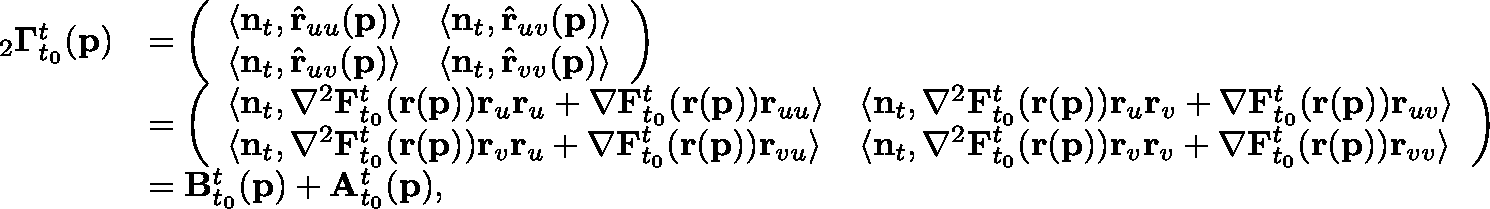
\begin{array} { r l } { _ { 2 } \mathbf { \Gamma } _ { t _ { 0 } } ^ { t } ( \mathbf { p } ) } & { = \left( \begin{array} { l l } { \langle \mathbf { n } _ { t } , \hat { \mathbf { r } } _ { u u } ( \mathbf { p } ) \rangle } & { \langle \mathbf { n } _ { t } , \hat { \mathbf { r } } _ { u v } ( \mathbf { p } ) \rangle } \\ { \langle \mathbf { n } _ { t } , \hat { \mathbf { r } } _ { u v } ( \mathbf { p } ) \rangle } & { \langle \mathbf { n } _ { t } , \hat { \mathbf { r } } _ { v v } ( \mathbf { p } ) \rangle } \end{array} \right) } \\ & { = \left( \begin{array} { l l } { \langle \mathbf { n } _ { t } , \mathbf { \nabla } ^ { 2 } \mathbf { F } _ { t _ { 0 } } ^ { t } ( \mathbf { r } ( \mathbf { p } ) ) \mathbf { r } _ { u } \mathbf { r } _ { u } + \mathbf { \nabla } \mathbf { F } _ { t _ { 0 } } ^ { t } ( \mathbf { r } ( \mathbf { p } ) ) \mathbf { r } _ { u u } \rangle } & { \langle \mathbf { n } _ { t } , \mathbf { \nabla } ^ { 2 } \mathbf { F } _ { t _ { 0 } } ^ { t } ( \mathbf { r } ( \mathbf { p } ) ) \mathbf { r } _ { u } \mathbf { r } _ { v } + \mathbf { \nabla } \mathbf { F } _ { t _ { 0 } } ^ { t } ( \mathbf { r } ( \mathbf { p } ) ) \mathbf { r } _ { u v } \rangle } \\ { \langle \mathbf { n } _ { t } , \mathbf { \nabla } ^ { 2 } \mathbf { F } _ { t _ { 0 } } ^ { t } ( \mathbf { r } ( \mathbf { p } ) ) \mathbf { r } _ { v } \mathbf { r } _ { u } + \mathbf { \nabla } \mathbf { F } _ { t _ { 0 } } ^ { t } ( \mathbf { r } ( \mathbf { p } ) ) \mathbf { r } _ { v u } \rangle } & { \langle \mathbf { n } _ { t } , \mathbf { \nabla } ^ { 2 } \mathbf { F } _ { t _ { 0 } } ^ { t } ( \mathbf { r } ( \mathbf { p } ) ) \mathbf { r } _ { v } \mathbf { r } _ { v } + \mathbf { \nabla } \mathbf { F } _ { t _ { 0 } } ^ { t } ( \mathbf { r } ( \mathbf { p } ) ) \mathbf { r } _ { v v } \rangle } \end{array} \right) } \\ & { = \mathbf { B } _ { t _ { 0 } } ^ { t } ( \mathbf { p } ) + \mathbf { A } _ { t _ { 0 } } ^ { t } ( \mathbf { p } ) , } \end{array}